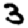
Digit: 3